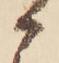
か